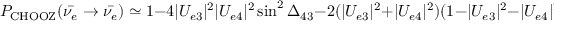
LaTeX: P _ { \mathrm { C H O O Z } } ( \bar { \nu _ { e } } \to \bar { \nu _ { e } } ) \simeq 1 - 4 | U _ { e 3 } | ^ { 2 } | U _ { e 4 } | ^ { 2 } \sin ^ { 2 } \Delta _ { 4 3 } - 2 ( | U _ { e 3 } | ^ { 2 } + | U _ { e 4 } | ^ { 2 } ) ( 1 - | U _ { e 3 } | ^ { 2 } - | U _ { e 4 } | ^ { 2 } ) .